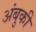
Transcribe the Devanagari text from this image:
अंबुकी